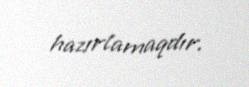
hazırlamaqdır.